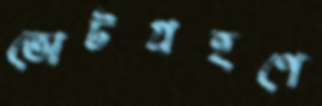
ভোটগ্রহণে